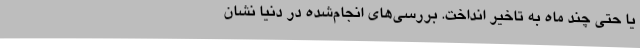
یا حتی چند ماه به تاخیر انداخت. بررسی‌های انجام‌شده در دنیا نشان